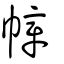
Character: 幛